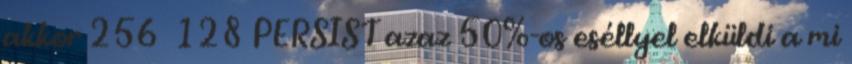
akkor 256 128 PERSIST azaz 50%-os eséllyel elküldi a mi